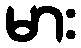
မား